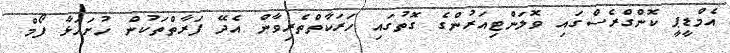
އެމްޑީޕީ ކޮންގްރެސްގައި ވޮލަންޓިއަރުންގެ ގޮތުގައި ހަރަކާތްތެރިވާން އެދޭ ފަރާތްތަކުން ހުށަހަޅާ ފޯމް